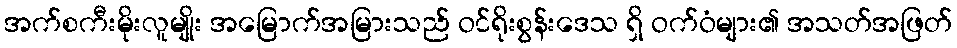
အက်စကီးမိုးလူမျိုး အမြောက်အမြားသည် ဝင်ရိုးစွန်းဒေသ ရှိ ဝက်ဝံများ၏ အသတ်အဖြတ်